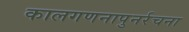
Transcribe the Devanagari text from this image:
कालगणनापुनर्रचना